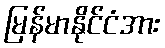
မြန်မာနိုင်ငံအား